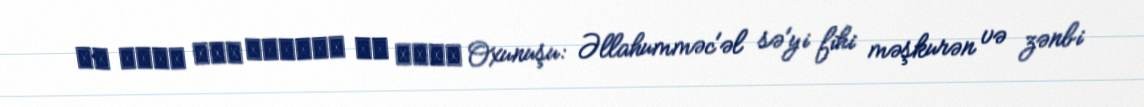
وَ عيبي فيه مستورا يا أسمع Oxunuşu: Əllahumməc'əl sə'yi fihi məşkurən və zənbi